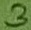
Text: 3